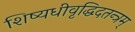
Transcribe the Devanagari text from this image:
शिष्यधीवृद्धिदतन्त्रम्